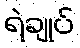
ရဲချုပ်